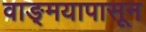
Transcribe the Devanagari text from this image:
वाङ्‌मयापासून